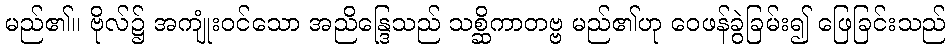
မည်၏။ ဗိုလ်၌ အကျုံးဝင်သော အညိန္ဒြေသည် သစ္ဆိကာတဗ္ဗ မည်၏ဟု ဝေဖန်ခွဲခြမ်း၍ ဖြေခြင်းသည်